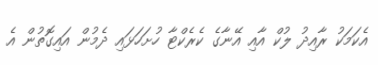
އެކަމަކު ރާއިދު ލުކް އާއި އޭނާގެ ކެރެކްޓާ ހުށަހަޅައި ދެމުން އައިގޮތުން އެ